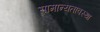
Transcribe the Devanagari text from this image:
सामान्यतावस्था